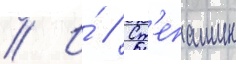
// И́ // Ст'епашин